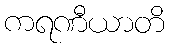
ကရဏီယာတိ